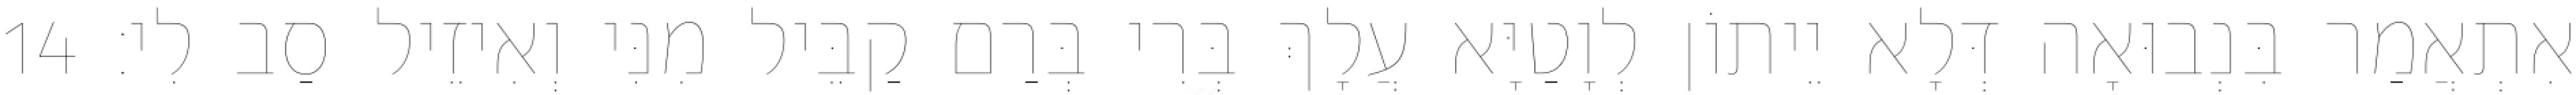
אִתְאֲמַר בִּנְבוּאָה דְּלָא יֵיתוֹן לְוָטַיָּא עֲלָךְ בְּרִי בְּרַם קַבֵּיל מִנִּי וְאִיזֵיל סַב לִי׃ 14